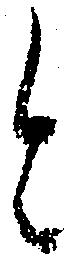
と